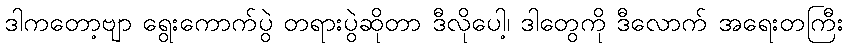
ဒါကတော့ဗျာ ရွေးကောက်ပွဲ တရားပွဲဆိုတာ ဒီလိုပေါ့၊ ဒါတွေကို ဒီလောက် အရေးတကြီး